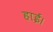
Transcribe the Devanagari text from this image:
हाई।